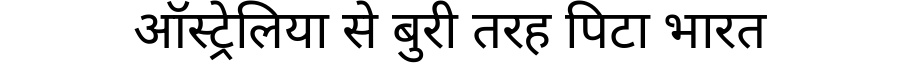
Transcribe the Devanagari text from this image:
ऑस्ट्रेलिया से बुरी तरह पिटा भारत